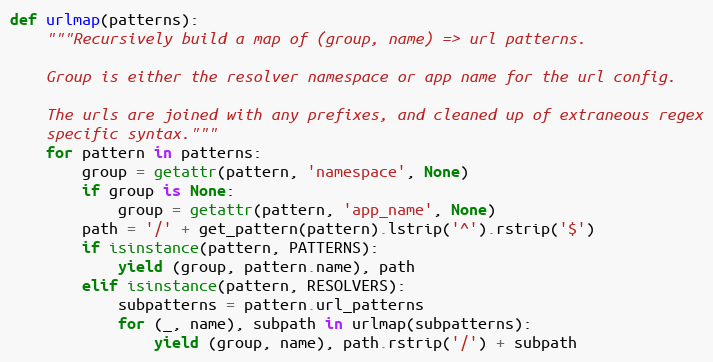
Language: Python
def urlmap(patterns):
    """Recursively build a map of (group, name) => url patterns.

    Group is either the resolver namespace or app name for the url config.

    The urls are joined with any prefixes, and cleaned up of extraneous regex
    specific syntax."""
    for pattern in patterns:
        group = getattr(pattern, 'namespace', None)
        if group is None:
            group = getattr(pattern, 'app_name', None)
        path = '/' + get_pattern(pattern).lstrip('^').rstrip('$')
        if isinstance(pattern, PATTERNS):
            yield (group, pattern.name), path
        elif isinstance(pattern, RESOLVERS):
            subpatterns = pattern.url_patterns
            for (_, name), subpath in urlmap(subpatterns):
                yield (group, name), path.rstrip('/') + subpath